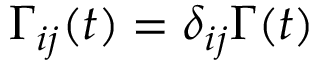
\Gamma _ { i j } ( t ) = \delta _ { i j } \Gamma ( t )